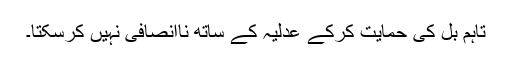
تاہم بل کی حمایت کرکے عدلیہ کے ساتھ ناانصافی نہیں کرسکتا۔